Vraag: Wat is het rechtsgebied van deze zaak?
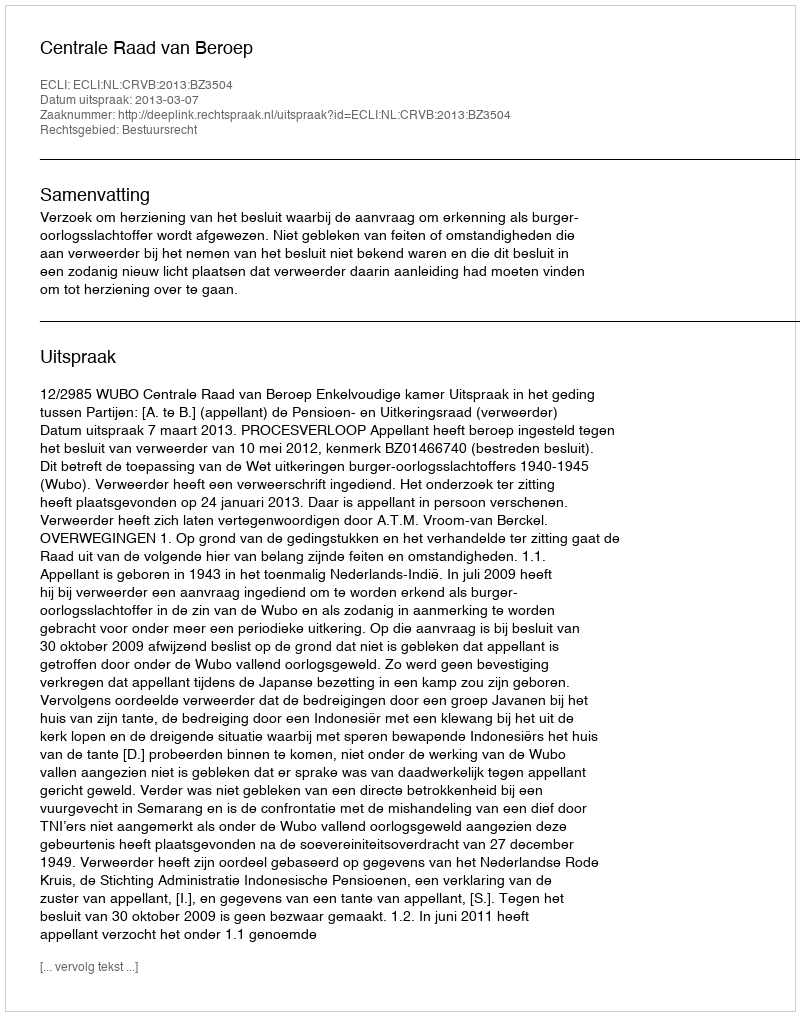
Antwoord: Bestuursrecht